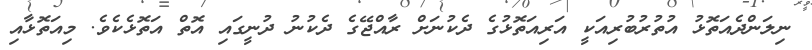
ނިލަންދެއަތޮޅު އުތުރުބުރިއަކީ އަރިއަތޮޅުގެ ދެކުނަށް ރާއްޖޭގެ ދެކުނު ދުނީގައި އޮތް އަތޮޅެކެވެ. މިއަތޮޅާއި